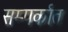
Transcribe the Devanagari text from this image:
सम्पर्कात